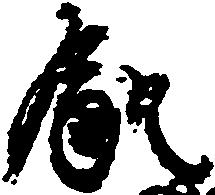
飢